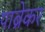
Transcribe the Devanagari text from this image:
पाब्रेकर